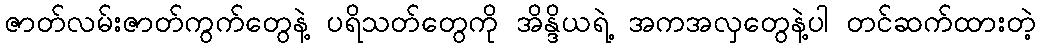
ဇာတ်လမ်းဇာတ်ကွက်တွေနဲ့ ပရိသတ်တွေကို အိန္ဒိယရဲ့ အကအလှတွေနဲ့ပါ တင်ဆက်ထားတဲ့